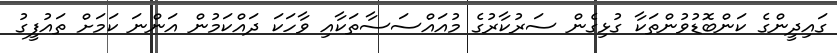
ގައިދީންގެ ކަންބޮޑުވުންތަކާ ގުޅިގެން ސަރުކާރުގެ މުއައްސަސާތަކާއި ވާހަކަ ދައްކަމުން އަންނަ ކަމަށް ތައުފީގު